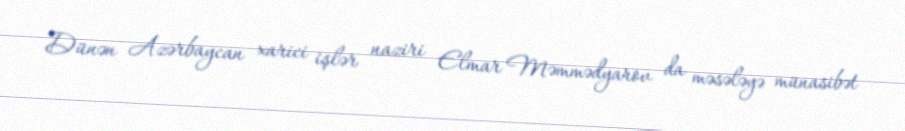
Dünən Azərbaycan xarici işlər naziri Elmar Məmmədyarov da məsələyə münasibət